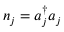
n _ { j } = a _ { j } ^ { \dagger } a _ { j }